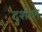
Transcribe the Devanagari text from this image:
दशीण